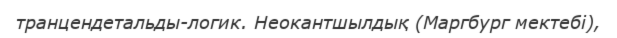
транцендетальды-логик. Неокантшылдық (Маргбург мектебі),